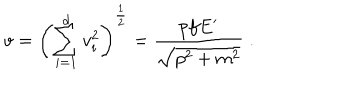
v = \left( \sum _ { i = 1 } ^ { d } v _ { i } ^ { 2 } \right) ^ { \frac { 1 } { 2 } } = \frac { p f E ^ { \prime } } { \sqrt { p ^ { 2 } + m ^ { 2 } } } \; .